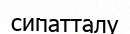
сипатталу